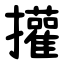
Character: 㩲